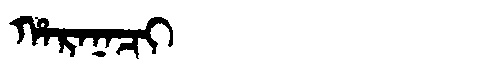
Manchu: ᡥᠠᡵᠠᠨᠠᠴᡳ
Romanization: HARANACI